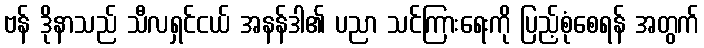
ဗန် ဒိုနာသည် သီလရှင်ငယ် အနန်ဒါ၏ ပညာ သင်ကြားရေးကို ပြည့်စုံစေရန် အတွက်